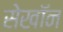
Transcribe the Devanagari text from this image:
सेखॉन